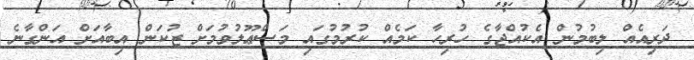
ދަރިއެއް ލިބުމުން އެކުއްޖާގެ ހުރިހާ ކަމެއް ކުރުމުގައި މަސްޢޫލުވުމަށް ޒުކަން އިބާއަށް އަންގާނެ